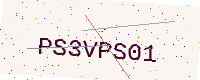
Text: PS3VPS01